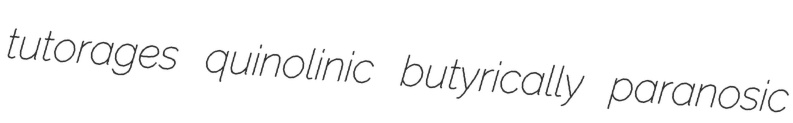
tutorages quinolinic butyrically paranosic